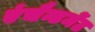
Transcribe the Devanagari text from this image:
एंचैन्टमेंट